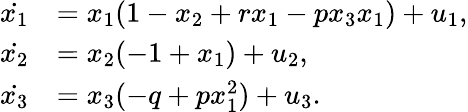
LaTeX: \begin{array}{ll}{\dot{{x}_{1}}}&{={x}_{1}(1-{x}_{2}+{r}{x}_{1}-{p}{x}_{3}{x}_{1})+{u}_{1},}\\ {\dot{{x}_{2}}}&{={x}_{2}(-1+{x}_{1})+{u}_{2},}\\ {\dot{{x}_{3}}}&{={x}_{3}(-{q}+{p}{x}_{1}^{2})+{u}_{3}.}\end{array}